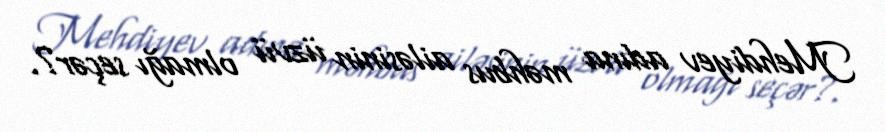
Mehdiyev adına məhbus ailəsinin üzvü olmağı seçər?.